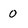
Character: 0